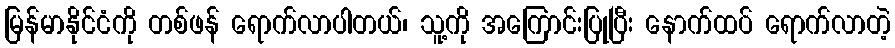
မြန်မာနိုင်ငံကို တစ်ဖန် ရောက်လာပါတယ်၊ သူ့ကို အကြောင်းပြုပြီး နောက်ထပ် ရောက်လာတဲ့